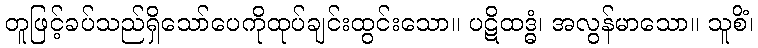
တူဖြင့်ခပ်သည်ရှိသော်ပေကိုထုပ်ချင်းထွင်းသော။ ပဋိထဒ္ဓံ၊ အလွန်မာသော။ သူစိံ၊